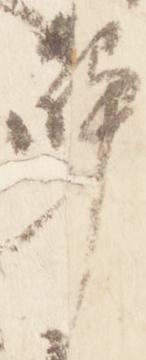
触